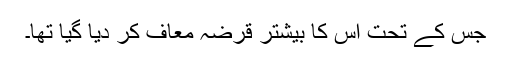
جس کے تحت اُس کا بیشتر قرضہ معاف کر دیا گیا تھا۔